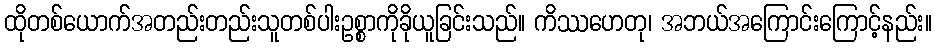
ထိုတစ်ယောက်အတည်းတည်းသူတစ်ပါးဥစ္စာကိုခိုယူခြင်းသည်။ ကိဿဟေတု၊ အဘယ်အကြောင်းကြောင့်နည်း။